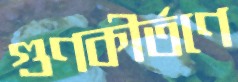
গুণকীর্তণে